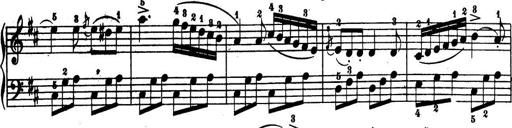
Title: 32 Sonatinas and Rondos for the Piano
Composer: Richard Kleinmichel